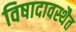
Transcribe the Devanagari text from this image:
विषादावस्थैत